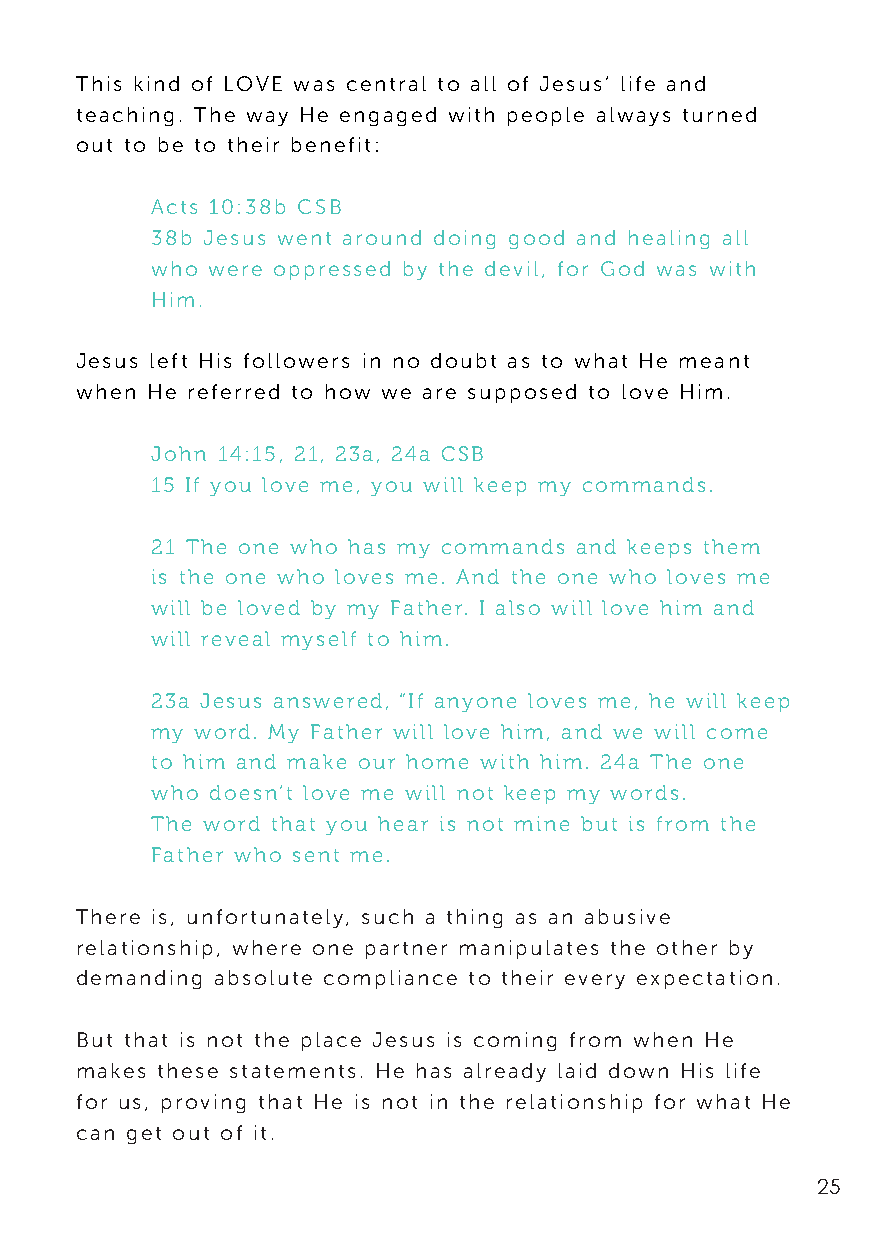
This kind of LOVE was central to all of Jesus’ life and
 teaching. The way He engaged with people always turned
 out to be to their benefit:
 Acts 10:38b CSB
 38b Jesus went around doing good and healing all
 who were oppressed by the devil, for God was with
 Him.
 Jesus left His followers in no doubt as to what He meant
 when He referred to how we are supposed to love Him.
 John 14:15, 21, 23a, 24a CSB
 15 If you love me, you will keep my commands.
 21 The one who has my commands and keeps them
 is the one who loves me. And the one who loves me
 will be loved by my Father. I also will love him and
 will reveal myself to him.
 23a Jesus answered, “If anyone loves me, he will keep
 my word. My Father will love him, and we will come
 to him and make our home with him. 24a The one
 who doesn’t love me will not keep my words.
 The word that you hear is not mine but is from the
 Father who sent me.
 There is, unfortunately, such a thing as an abusive
 relationship, where one partner manipulates the other by
 demanding absolute compliance to their every expectation.
 But that is not the place Jesus is coming from when He
 makes these statements. He has already laid down His life
 for us, proving that He is not in the relationship for what He
 can get out of it.
 25